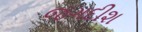
જગદીશ